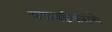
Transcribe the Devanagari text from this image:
वळवईकरांचे